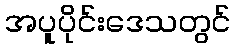
အပူပိုင်းဒေသတွင်